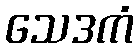
သေဒကံ